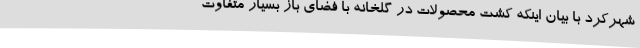
شهرکرد با بیان اینکه کشت محصولات در گلخانه با فضای باز بسیار متفاوت